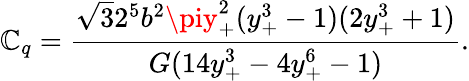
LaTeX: \mathbb{C}_{q}=\frac{{\sqrt{{3}}{{2^{5}b^{2}}}\piy_{+}^{2}(y_{+}^{3}-1)(2y_{+}^{3}+1)}}{{G(14y_{+}^{3}-4y_{+}^{6}-1)}}.